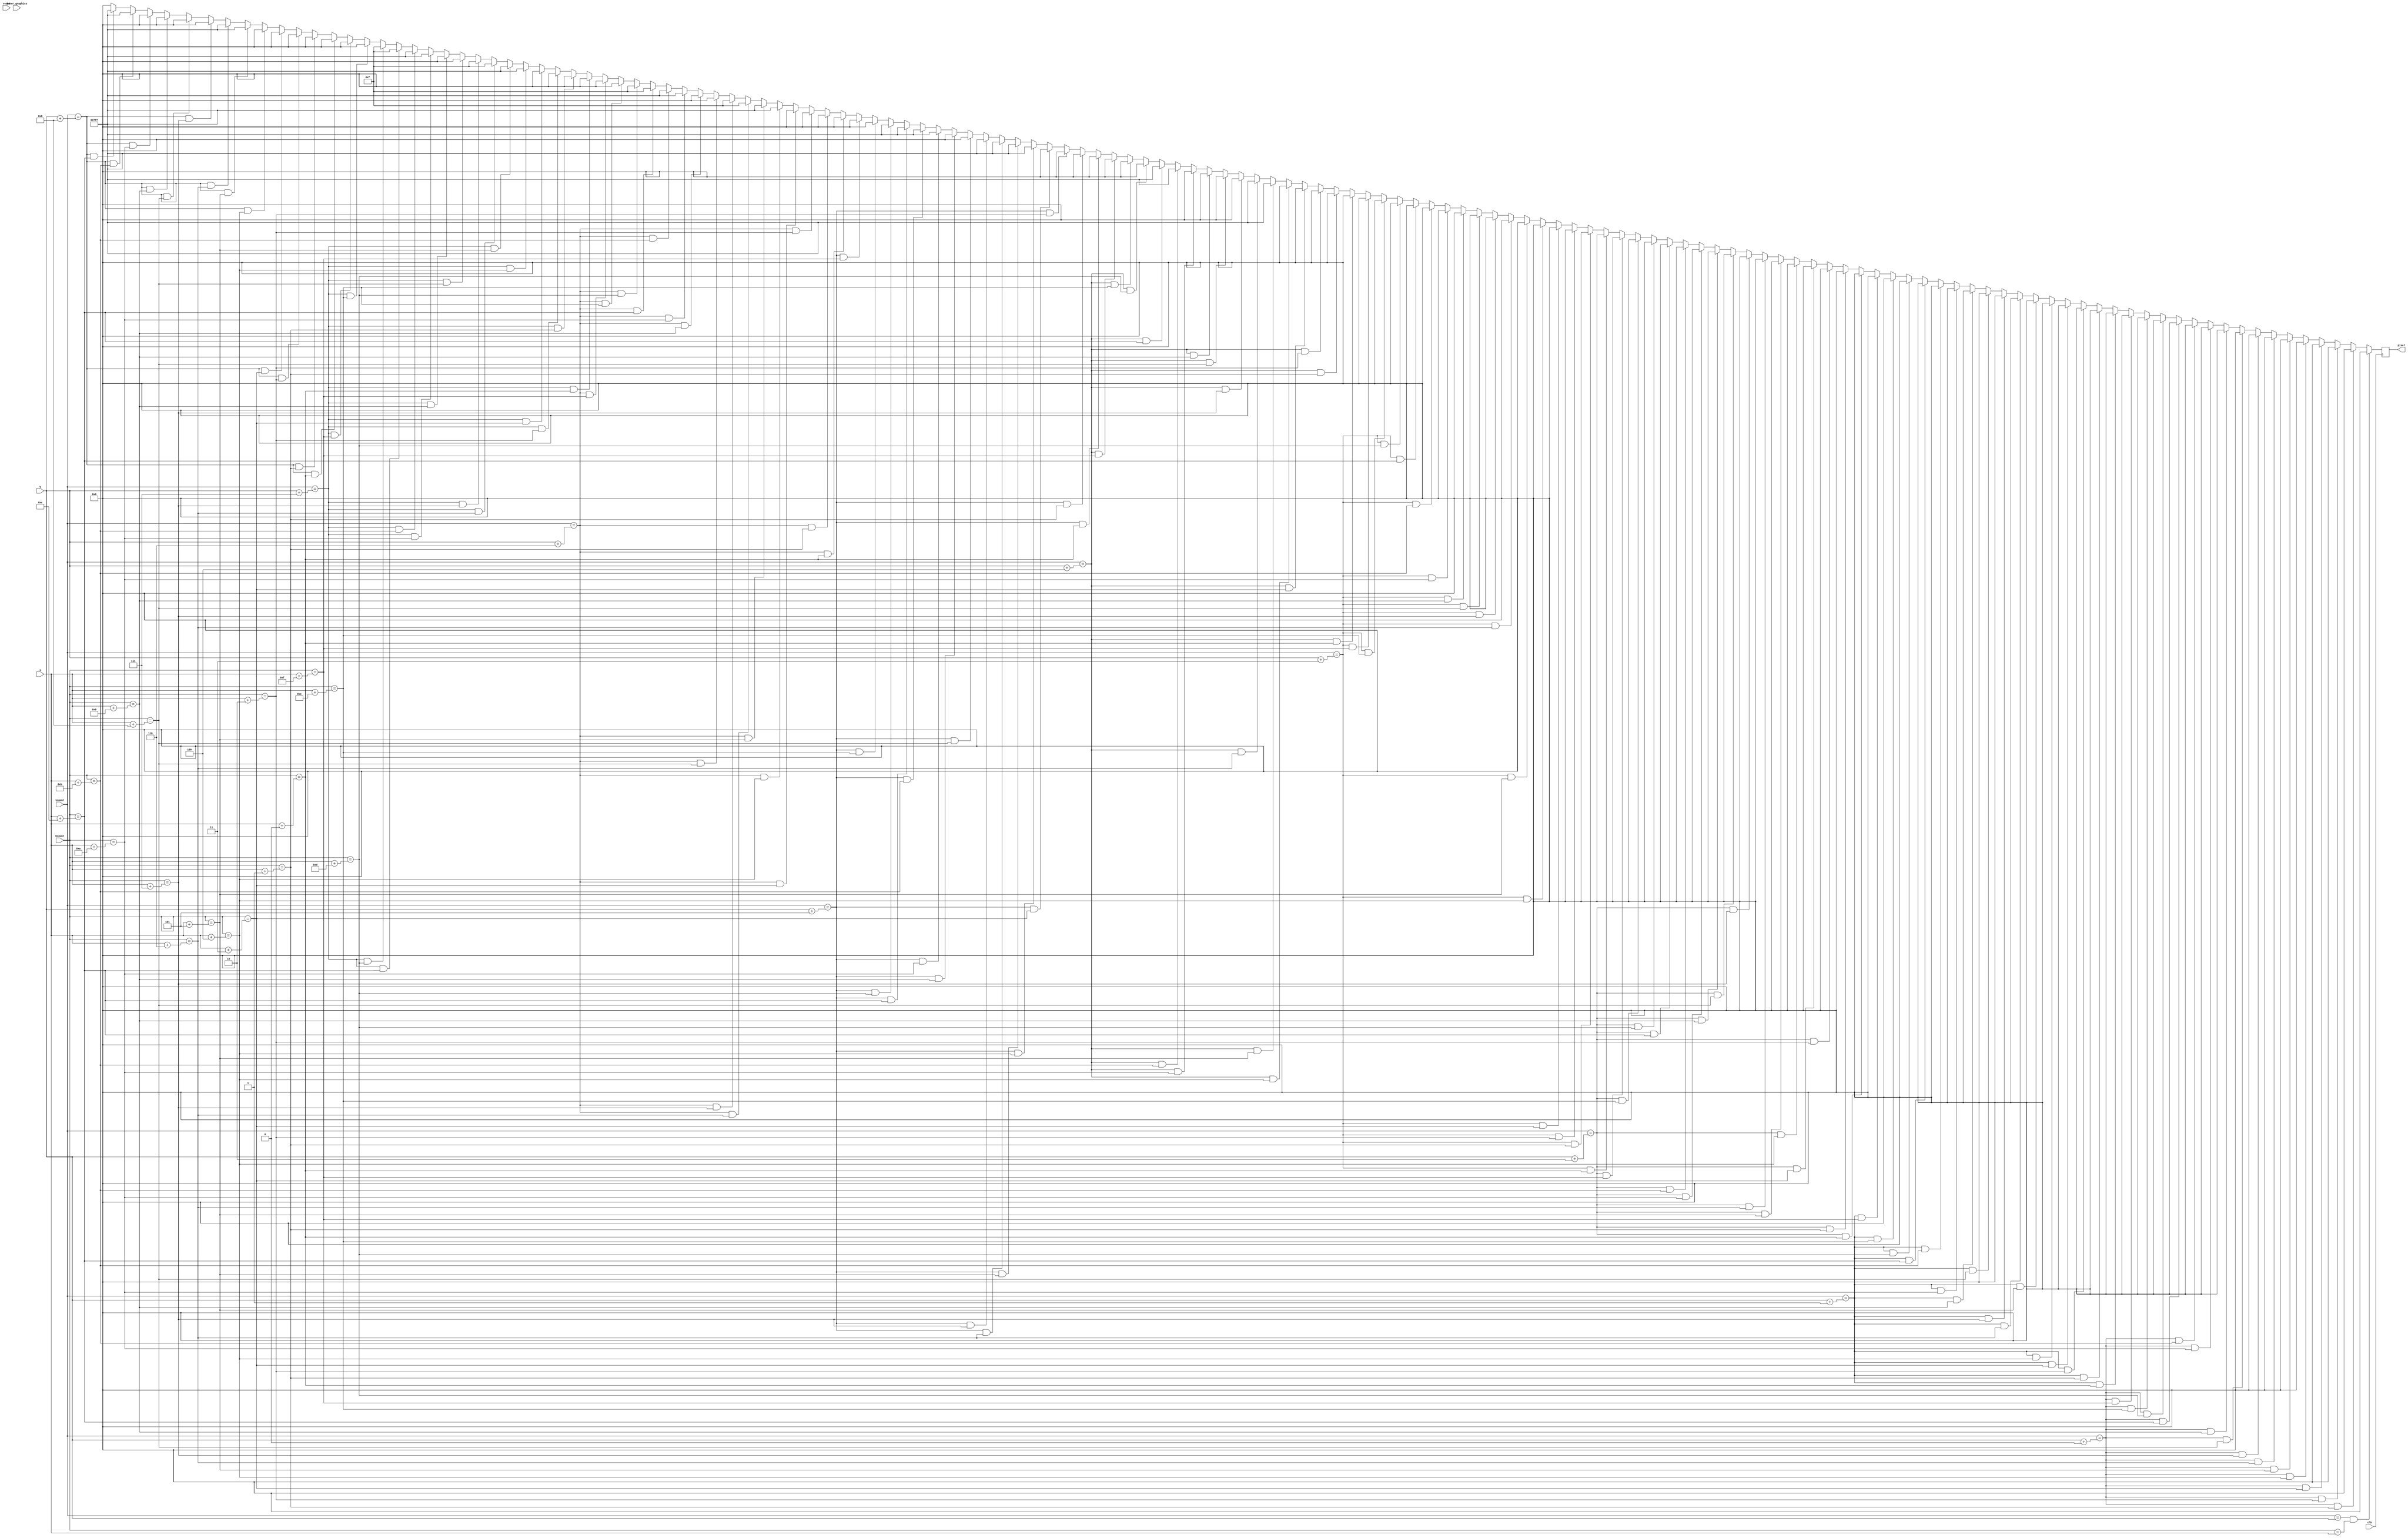
module ghost_eyes_right (
    input clk,
    input reset,
    input inner_graphics,
    input [10:0] hcount,
    input [9:0] vcount,
    input [10:0] x,
    input [9:0] y,
    output reg [11:0] pixel
    );

    always @(posedge clk) begin
        if (vcount == y && hcount == x) pixel <= 12'h000;
        else if (vcount == y + 0 && hcount == x + 1) pixel <= 12'h000;
        else if (vcount == y + 0 && hcount == x + 2) pixel <= 12'h000;
        else if (vcount == y + 0 && hcount == x + 3) pixel <= 12'h000;
        else if (vcount == y + 0 && hcount == x + 4) pixel <= 12'h000;
        else if (vcount == y + 0 && hcount == x + 5) pixel <= 12'h000;
        else if (vcount == y + 0 && hcount == x + 6) pixel <= 12'h000;
        else if (vcount == y + 0 && hcount == x + 7) pixel <= 12'h000;
        else if (vcount == y + 0 && hcount == x + 8) pixel <= 12'h000;
        else if (vcount == y + 0 && hcount == x + 9) pixel <= 12'h000;
        else if (vcount == y + 0 && hcount == x + 10) pixel <= 12'h000;
        else if (vcount == y + 0 && hcount == x + 11) pixel <= 12'h000;
        else if (vcount == y + 0 && hcount == x + 12) pixel <= 12'h000;
        else if (vcount == y + 0 && hcount == x + 13) pixel <= 12'h000;
        else if (vcount == y + 0 && hcount == x + 14) pixel <= 12'h000;
        else if (vcount == y + 0 && hcount == x + 15) pixel <= 12'h000;
        else if (vcount == y + 1 && hcount == x + 0) pixel <= 12'h000;
        else if (vcount == y + 1 && hcount == x + 1) pixel <= 12'h000;
        else if (vcount == y + 1 && hcount == x + 2) pixel <= 12'h000;
        else if (vcount == y + 1 && hcount == x + 3) pixel <= 12'h000;
        else if (vcount == y + 1 && hcount == x + 4) pixel <= 12'h000;
        else if (vcount == y + 1 && hcount == x + 5) pixel <= 12'h000;
        else if (vcount == y + 1 && hcount == x + 6) pixel <= 12'h000;
        else if (vcount == y + 1 && hcount == x + 7) pixel <= 12'h000;
        else if (vcount == y + 1 && hcount == x + 8) pixel <= 12'h000;
        else if (vcount == y + 1 && hcount == x + 9) pixel <= 12'h000;
        else if (vcount == y + 1 && hcount == x + 10) pixel <= 12'h000;
        else if (vcount == y + 1 && hcount == x + 11) pixel <= 12'h000;
        else if (vcount == y + 1 && hcount == x + 12) pixel <= 12'h000;
        else if (vcount == y + 1 && hcount == x + 13) pixel <= 12'h000;
        else if (vcount == y + 1 && hcount == x + 14) pixel <= 12'h000;
        else if (vcount == y + 1 && hcount == x + 15) pixel <= 12'h000;
        else if (vcount == y + 2 && hcount == x + 0) pixel <= 12'h000;
        else if (vcount == y + 2 && hcount == x + 1) pixel <= 12'h000;
        else if (vcount == y + 2 && hcount == x + 2) pixel <= 12'h000;
        else if (vcount == y + 2 && hcount == x + 3) pixel <= 12'h000;
        else if (vcount == y + 2 && hcount == x + 4) pixel <= 12'h000;
        else if (vcount == y + 2 && hcount == x + 5) pixel <= 12'h000;
        else if (vcount == y + 2 && hcount == x + 6) pixel <= 12'h000;
        else if (vcount == y + 2 && hcount == x + 7) pixel <= 12'h000;
        else if (vcount == y + 2 && hcount == x + 8) pixel <= 12'h000;
        else if (vcount == y + 2 && hcount == x + 9) pixel <= 12'h000;
        else if (vcount == y + 2 && hcount == x + 10) pixel <= 12'h000;
        else if (vcount == y + 2 && hcount == x + 11) pixel <= 12'h000;
        else if (vcount == y + 2 && hcount == x + 12) pixel <= 12'h000;
        else if (vcount == y + 2 && hcount == x + 13) pixel <= 12'h000;
        else if (vcount == y + 2 && hcount == x + 14) pixel <= 12'h000;
        else if (vcount == y + 2 && hcount == x + 15) pixel <= 12'h000;
        else if (vcount == y + 3 && hcount == x + 0) pixel <= 12'h000;
        else if (vcount == y + 3 && hcount == x + 1) pixel <= 12'h000;
        else if (vcount == y + 3 && hcount == x + 2) pixel <= 12'h000;
        else if (vcount == y + 3 && hcount == x + 3) pixel <= 12'h000;
        else if (vcount == y + 3 && hcount == x + 4) pixel <= 12'h000;
        else if (vcount == y + 3 && hcount == x + 5) pixel <= 12'h000;
        else if (vcount == y + 3 && hcount == x + 6) pixel <= 12'h000;
        else if (vcount == y + 3 && hcount == x + 7) pixel <= 12'h000;
        else if (vcount == y + 3 && hcount == x + 8) pixel <= 12'h000;
        else if (vcount == y + 3 && hcount == x + 9) pixel <= 12'h000;
        else if (vcount == y + 3 && hcount == x + 10) pixel <= 12'h000;
        else if (vcount == y + 3 && hcount == x + 11) pixel <= 12'h000;
        else if (vcount == y + 3 && hcount == x + 12) pixel <= 12'h000;
        else if (vcount == y + 3 && hcount == x + 13) pixel <= 12'h000;
        else if (vcount == y + 3 && hcount == x + 14) pixel <= 12'h000;
        else if (vcount == y + 3 && hcount == x + 15) pixel <= 12'h000;
        else if (vcount == y + 4 && hcount == x + 0) pixel <= 12'h000;
        else if (vcount == y + 4 && hcount == x + 1) pixel <= 12'h000;
        else if (vcount == y + 4 && hcount == x + 2) pixel <= 12'h000;
        else if (vcount == y + 4 && hcount == x + 3) pixel <= 12'h000;
        else if (vcount == y + 4 && hcount == x + 4) pixel <= 12'h000;
        else if (vcount == y + 4 && hcount == x + 5) pixel <= 12'hFFF;
        else if (vcount == y + 4 && hcount == x + 6) pixel <= 12'hFFF;
        else if (vcount == y + 4 && hcount == x + 7) pixel <= 12'h000;
        else if (vcount == y + 4 && hcount == x + 8) pixel <= 12'h000;
        else if (vcount == y + 4 && hcount == x + 9) pixel <= 12'h000;
        else if (vcount == y + 4 && hcount == x + 10) pixel <= 12'h000;
        else if (vcount == y + 4 && hcount == x + 11) pixel <= 12'hFFF;
        else if (vcount == y + 4 && hcount == x + 12) pixel <= 12'hFFF;
        else if (vcount == y + 4 && hcount == x + 13) pixel <= 12'h000;
        else if (vcount == y + 4 && hcount == x + 14) pixel <= 12'h000;
        else if (vcount == y + 4 && hcount == x + 15) pixel <= 12'h000;
        else if (vcount == y + 5 && hcount == x + 0) pixel <= 12'h000;
        else if (vcount == y + 5 && hcount == x + 1) pixel <= 12'h000;
        else if (vcount == y + 5 && hcount == x + 2) pixel <= 12'h000;
        else if (vcount == y + 5 && hcount == x + 3) pixel <= 12'h000;
        else if (vcount == y + 5 && hcount == x + 4) pixel <= 12'hFFF;
        else if (vcount == y + 5 && hcount == x + 5) pixel <= 12'hFFF;
        else if (vcount == y + 5 && hcount == x + 6) pixel <= 12'hFFF;
        else if (vcount == y + 5 && hcount == x + 7) pixel <= 12'hFFF;
        else if (vcount == y + 5 && hcount == x + 8) pixel <= 12'h000;
        else if (vcount == y + 5 && hcount == x + 9) pixel <= 12'h000;
        else if (vcount == y + 5 && hcount == x + 10) pixel <= 12'hFFF;
        else if (vcount == y + 5 && hcount == x + 11) pixel <= 12'hFFF;
        else if (vcount == y + 5 && hcount == x + 12) pixel <= 12'hFFF;
        else if (vcount == y + 5 && hcount == x + 13) pixel <= 12'hFFF;
        else if (vcount == y + 5 && hcount == x + 14) pixel <= 12'h000;
        else if (vcount == y + 5 && hcount == x + 15) pixel <= 12'h000;
        else if (vcount == y + 6 && hcount == x + 0) pixel <= 12'h000;
        else if (vcount == y + 6 && hcount == x + 1) pixel <= 12'h000;
        else if (vcount == y + 6 && hcount == x + 2) pixel <= 12'h000;
        else if (vcount == y + 6 && hcount == x + 3) pixel <= 12'h000;
        else if (vcount == y + 6 && hcount == x + 4) pixel <= 12'hFFF;
        else if (vcount == y + 6 && hcount == x + 5) pixel <= 12'hFFF;
        else if (vcount == y + 6 && hcount == x + 6) pixel <= 12'h00F;
        else if (vcount == y + 6 && hcount == x + 7) pixel <= 12'h00F;
        else if (vcount == y + 6 && hcount == x + 8) pixel <= 12'h000;
        else if (vcount == y + 6 && hcount == x + 9) pixel <= 12'h000;
        else if (vcount == y + 6 && hcount == x + 10) pixel <= 12'hFFF;
        else if (vcount == y + 6 && hcount == x + 11) pixel <= 12'hFFF;
        else if (vcount == y + 6 && hcount == x + 12) pixel <= 12'h00F;
        else if (vcount == y + 6 && hcount == x + 13) pixel <= 12'h00F;
        else if (vcount == y + 6 && hcount == x + 14) pixel <= 12'h000;
        else if (vcount == y + 6 && hcount == x + 15) pixel <= 12'h000;
        else if (vcount == y + 7 && hcount == x + 0) pixel <= 12'h000;
        else if (vcount == y + 7 && hcount == x + 1) pixel <= 12'h000;
        else if (vcount == y + 7 && hcount == x + 2) pixel <= 12'h000;
        else if (vcount == y + 7 && hcount == x + 3) pixel <= 12'h000;
        else if (vcount == y + 7 && hcount == x + 4) pixel <= 12'hFFF;
        else if (vcount == y + 7 && hcount == x + 5) pixel <= 12'hFFF;
        else if (vcount == y + 7 && hcount == x + 6) pixel <= 12'h00F;
        else if (vcount == y + 7 && hcount == x + 7) pixel <= 12'h00F;
        else if (vcount == y + 7 && hcount == x + 8) pixel <= 12'h000;
        else if (vcount == y + 7 && hcount == x + 9) pixel <= 12'h000;
        else if (vcount == y + 7 && hcount == x + 10) pixel <= 12'hFFF;
        else if (vcount == y + 7 && hcount == x + 11) pixel <= 12'hFFF;
        else if (vcount == y + 7 && hcount == x + 12) pixel <= 12'h00F;
        else if (vcount == y + 7 && hcount == x + 13) pixel <= 12'h00F;
        else if (vcount == y + 7 && hcount == x + 14) pixel <= 12'h000;
        else if (vcount == y + 7 && hcount == x + 15) pixel <= 12'h000;
        else if (vcount == y + 8 && hcount == x + 0) pixel <= 12'h000;
        else if (vcount == y + 8 && hcount == x + 1) pixel <= 12'h000;
        else if (vcount == y + 8 && hcount == x + 2) pixel <= 12'h000;
        else if (vcount == y + 8 && hcount == x + 3) pixel <= 12'h000;
        else if (vcount == y + 8 && hcount == x + 4) pixel <= 12'h000;
        else if (vcount == y + 8 && hcount == x + 5) pixel <= 12'hFFF;
        else if (vcount == y + 8 && hcount == x + 6) pixel <= 12'hFFF;
        else if (vcount == y + 8 && hcount == x + 7) pixel <= 12'h000;
        else if (vcount == y + 8 && hcount == x + 8) pixel <= 12'h000;
        else if (vcount == y + 8 && hcount == x + 9) pixel <= 12'h000;
        else if (vcount == y + 8 && hcount == x + 10) pixel <= 12'h000;
        else if (vcount == y + 8 && hcount == x + 11) pixel <= 12'hFFF;
        else if (vcount == y + 8 && hcount == x + 12) pixel <= 12'hFFF;
        else if (vcount == y + 8 && hcount == x + 13) pixel <= 12'h000;
        else if (vcount == y + 8 && hcount == x + 14) pixel <= 12'h000;
        else if (vcount == y + 8 && hcount == x + 15) pixel <= 12'h000;
        else if (vcount == y + 9 && hcount == x + 0) pixel <= 12'h000;
        else if (vcount == y + 9 && hcount == x + 1) pixel <= 12'h000;
        else if (vcount == y + 9 && hcount == x + 2) pixel <= 12'h000;
        else if (vcount == y + 9 && hcount == x + 3) pixel <= 12'h000;
        else if (vcount == y + 9 && hcount == x + 4) pixel <= 12'h000;
        else if (vcount == y + 9 && hcount == x + 5) pixel <= 12'h000;
        else if (vcount == y + 9 && hcount == x + 6) pixel <= 12'h000;
        else if (vcount == y + 9 && hcount == x + 7) pixel <= 12'h000;
        else if (vcount == y + 9 && hcount == x + 8) pixel <= 12'h000;
        else if (vcount == y + 9 && hcount == x + 9) pixel <= 12'h000;
        else if (vcount == y + 9 && hcount == x + 10) pixel <= 12'h000;
        else if (vcount == y + 9 && hcount == x + 11) pixel <= 12'h000;
        else if (vcount == y + 9 && hcount == x + 12) pixel <= 12'h000;
        else if (vcount == y + 9 && hcount == x + 13) pixel <= 12'h000;
        else if (vcount == y + 9 && hcount == x + 14) pixel <= 12'h000;
        else if (vcount == y + 9 && hcount == x + 15) pixel <= 12'h000;
        else if (vcount == y + 10 && hcount == x + 0) pixel <= 12'h000;
        else if (vcount == y + 10 && hcount == x + 1) pixel <= 12'h000;
        else if (vcount == y + 10 && hcount == x + 2) pixel <= 12'h000;
        else if (vcount == y + 10 && hcount == x + 3) pixel <= 12'h000;
        else if (vcount == y + 10 && hcount == x + 4) pixel <= 12'h000;
        else if (vcount == y + 10 && hcount == x + 5) pixel <= 12'h000;
        else if (vcount == y + 10 && hcount == x + 6) pixel <= 12'h000;
        else if (vcount == y + 10 && hcount == x + 7) pixel <= 12'h000;
        else if (vcount == y + 10 && hcount == x + 8) pixel <= 12'h000;
        else if (vcount == y + 10 && hcount == x + 9) pixel <= 12'h000;
        else if (vcount == y + 10 && hcount == x + 10) pixel <= 12'h000;
        else if (vcount == y + 10 && hcount == x + 11) pixel <= 12'h000;
        else if (vcount == y + 10 && hcount == x + 12) pixel <= 12'h000;
        else if (vcount == y + 10 && hcount == x + 13) pixel <= 12'h000;
        else if (vcount == y + 10 && hcount == x + 14) pixel <= 12'h000;
        else if (vcount == y + 10 && hcount == x + 15) pixel <= 12'h000;
        else if (vcount == y + 11 && hcount == x + 0) pixel <= 12'h000;
        else if (vcount == y + 11 && hcount == x + 1) pixel <= 12'h000;
        else if (vcount == y + 11 && hcount == x + 2) pixel <= 12'h000;
        else if (vcount == y + 11 && hcount == x + 3) pixel <= 12'h000;
        else if (vcount == y + 11 && hcount == x + 4) pixel <= 12'h000;
        else if (vcount == y + 11 && hcount == x + 5) pixel <= 12'h000;
        else if (vcount == y + 11 && hcount == x + 6) pixel <= 12'h000;
        else if (vcount == y + 11 && hcount == x + 7) pixel <= 12'h000;
        else if (vcount == y + 11 && hcount == x + 8) pixel <= 12'h000;
        else if (vcount == y + 11 && hcount == x + 9) pixel <= 12'h000;
        else if (vcount == y + 11 && hcount == x + 10) pixel <= 12'h000;
        else if (vcount == y + 11 && hcount == x + 11) pixel <= 12'h000;
        else if (vcount == y + 11 && hcount == x + 12) pixel <= 12'h000;
        else if (vcount == y + 11 && hcount == x + 13) pixel <= 12'h000;
        else if (vcount == y + 11 && hcount == x + 14) pixel <= 12'h000;
        else if (vcount == y + 11 && hcount == x + 15) pixel <= 12'h000;
        else if (vcount == y + 12 && hcount == x + 0) pixel <= 12'h000;
        else if (vcount == y + 12 && hcount == x + 1) pixel <= 12'h000;
        else if (vcount == y + 12 && hcount == x + 2) pixel <= 12'h000;
        else if (vcount == y + 12 && hcount == x + 3) pixel <= 12'h000;
        else if (vcount == y + 12 && hcount == x + 4) pixel <= 12'h000;
        else if (vcount == y + 12 && hcount == x + 5) pixel <= 12'h000;
        else if (vcount == y + 12 && hcount == x + 6) pixel <= 12'h000;
        else if (vcount == y + 12 && hcount == x + 7) pixel <= 12'h000;
        else if (vcount == y + 12 && hcount == x + 8) pixel <= 12'h000;
        else if (vcount == y + 12 && hcount == x + 9) pixel <= 12'h000;
        else if (vcount == y + 12 && hcount == x + 10) pixel <= 12'h000;
        else if (vcount == y + 12 && hcount == x + 11) pixel <= 12'h000;
        else if (vcount == y + 12 && hcount == x + 12) pixel <= 12'h000;
        else if (vcount == y + 12 && hcount == x + 13) pixel <= 12'h000;
        else if (vcount == y + 12 && hcount == x + 14) pixel <= 12'h000;
        else if (vcount == y + 12 && hcount == x + 15) pixel <= 12'h000;
        else if (vcount == y + 13 && hcount == x + 0) pixel <= 12'h000;
        else if (vcount == y + 13 && hcount == x + 1) pixel <= 12'h000;
        else if (vcount == y + 13 && hcount == x + 2) pixel <= 12'h000;
        else if (vcount == y + 13 && hcount == x + 3) pixel <= 12'h000;
        else if (vcount == y + 13 && hcount == x + 4) pixel <= 12'h000;
        else if (vcount == y + 13 && hcount == x + 5) pixel <= 12'h000;
        else if (vcount == y + 13 && hcount == x + 6) pixel <= 12'h000;
        else if (vcount == y + 13 && hcount == x + 7) pixel <= 12'h000;
        else if (vcount == y + 13 && hcount == x + 8) pixel <= 12'h000;
        else if (vcount == y + 13 && hcount == x + 9) pixel <= 12'h000;
        else if (vcount == y + 13 && hcount == x + 10) pixel <= 12'h000;
        else if (vcount == y + 13 && hcount == x + 11) pixel <= 12'h000;
        else if (vcount == y + 13 && hcount == x + 12) pixel <= 12'h000;
        else if (vcount == y + 13 && hcount == x + 13) pixel <= 12'h000;
        else if (vcount == y + 13 && hcount == x + 14) pixel <= 12'h000;
        else if (vcount == y + 13 && hcount == x + 15) pixel <= 12'h000;
        else if (vcount == y + 14 && hcount == x + 0) pixel <= 12'h000;
        else if (vcount == y + 14 && hcount == x + 1) pixel <= 12'h000;
        else if (vcount == y + 14 && hcount == x + 2) pixel <= 12'h000;
        else if (vcount == y + 14 && hcount == x + 3) pixel <= 12'h000;
        else if (vcount == y + 14 && hcount == x + 4) pixel <= 12'h000;
        else if (vcount == y + 14 && hcount == x + 5) pixel <= 12'h000;
        else if (vcount == y + 14 && hcount == x + 6) pixel <= 12'h000;
        else if (vcount == y + 14 && hcount == x + 7) pixel <= 12'h000;
        else if (vcount == y + 14 && hcount == x + 8) pixel <= 12'h000;
        else if (vcount == y + 14 && hcount == x + 9) pixel <= 12'h000;
        else if (vcount == y + 14 && hcount == x + 10) pixel <= 12'h000;
        else if (vcount == y + 14 && hcount == x + 11) pixel <= 12'h000;
        else if (vcount == y + 14 && hcount == x + 12) pixel <= 12'h000;
        else if (vcount == y + 14 && hcount == x + 13) pixel <= 12'h000;
        else if (vcount == y + 14 && hcount == x + 14) pixel <= 12'h000;
        else if (vcount == y + 14 && hcount == x + 15) pixel <= 12'h000;
        else if (vcount == y + 15 && hcount == x + 0) pixel <= 12'h000;
        else if (vcount == y + 15 && hcount == x + 1) pixel <= 12'h000;
        else if (vcount == y + 15 && hcount == x + 2) pixel <= 12'h000;
        else if (vcount == y + 15 && hcount == x + 3) pixel <= 12'h000;
        else if (vcount == y + 15 && hcount == x + 4) pixel <= 12'h000;
        else if (vcount == y + 15 && hcount == x + 5) pixel <= 12'h000;
        else if (vcount == y + 15 && hcount == x + 6) pixel <= 12'h000;
        else if (vcount == y + 15 && hcount == x + 7) pixel <= 12'h000;
        else if (vcount == y + 15 && hcount == x + 8) pixel <= 12'h000;
        else if (vcount == y + 15 && hcount == x + 9) pixel <= 12'h000;
        else if (vcount == y + 15 && hcount == x + 10) pixel <= 12'h000;
        else if (vcount == y + 15 && hcount == x + 11) pixel <= 12'h000;
        else if (vcount == y + 15 && hcount == x + 12) pixel <= 12'h000;
        else if (vcount == y + 15 && hcount == x + 13) pixel <= 12'h000;
        else if (vcount == y + 15 && hcount == x + 14) pixel <= 12'h000;
        else if (vcount == y + 15 && hcount == x + 15) pixel <= 12'h000;
        else pixel <= 12'h000;
    end
endmodule